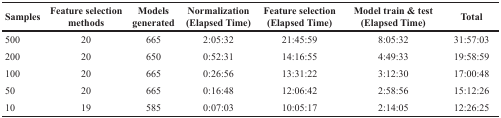
| Samples | Feature selection methods | Models generated | Normalization (Elapsed Time) | Feature selection (Elapsed Time) | Model train & test (Elapsed Time) | Total |
 | --- | --- | --- | --- | --- | --- | --- |
 | 500 | 20 | 665 | 2:05:32 | 21:45:59 | 8:05:32 | 31:57:03 |
 | 200 | 20 | 650 | 0:52:31 | 14:16:55 | 4:49:33 | 19:58:59 |
 | 100 | 20 | 665 | 0:26:56 | 13:31:22 | 3:12:30 | 17:00:48 |
 | 50 | 20 | 665 | 0:16:48 | 12:06:42 | 2:58:56 | 15:12:26 |
 | 10 | 19 | 585 | 0:07:03 | 10:05:17 | 2:14:05 | 12:26:25 |